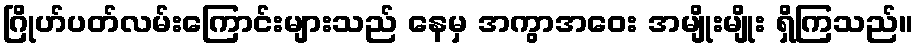
ဂြိုဟ်ပတ်လမ်းကြောင်းများသည် နေမှ အကွာအဝေး အမျိုးမျိုး ရှိကြသည်။